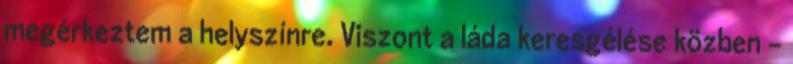
megérkeztem a helyszínre. Viszont a láda keresgélése közben –